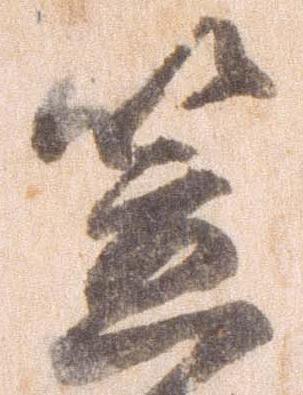
笠